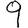
Digit: 9